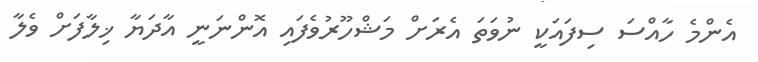
އެންމެ ހާއްސަ ސިފައަކީ ނުވަތަ އެރަށް މަޝްހޫރުވެފައި އޮންނަނީ އާދަޔާ ޚިލާފަށް ވެލާ